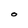
Character: O